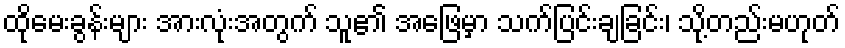
ထိုမေးခွန်းများ အားလုံးအတွက် သူ၏ အဖြေမှာ သက်ပြင်းချခြင်း၊ သို့တည်းမဟုတ်